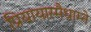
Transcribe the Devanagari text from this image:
प्रियायास्मैधाम्ने